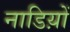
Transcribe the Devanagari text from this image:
नाडिय़ों